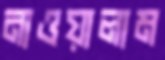
নাওয়ালাম